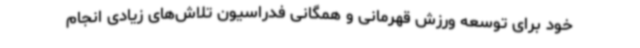
خود برای توسعه ورزش قهرمانی و همگانی فدراسیون تلاش‌های زیادی انجام